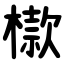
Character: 㯘